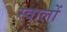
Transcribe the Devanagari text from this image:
स्वालों